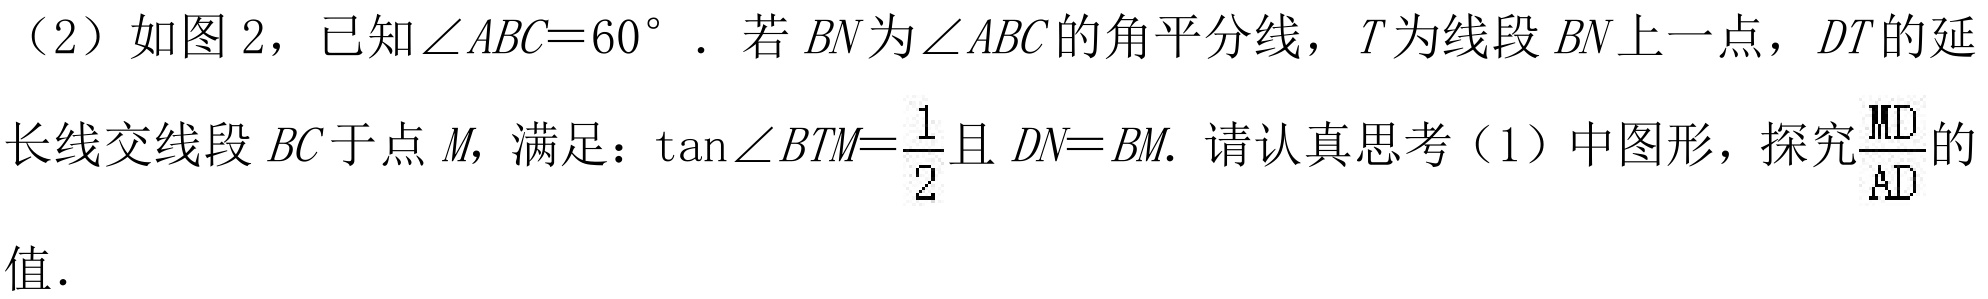
（2）如图2，已知\(\angle ABC = 60^{\circ}\)．若\(BN\)为\(\angle ABC\)的角平分线，\(T\)为线段\(BN\)上一点，\(DT\)的延
长线交线段\(BC\)于点\(M\)，满足：\(\tan\angle BTM=\dfrac{1}{2}\)且\(DN = BM\). 请认真思考（1）中图形，探究\(\dfrac{MD}{AD}\)的值．